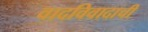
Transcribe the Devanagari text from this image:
वादविवादाची